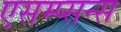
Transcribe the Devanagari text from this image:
एसम्प्सन्स